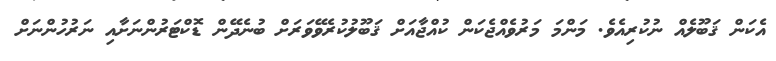
އެކަން ޤަބޫލެއް ނުކުރިއެވެ. މަންމަ މަރުވެއްޖެކަން ކުއްޖާއަށް ޤަބޫލުކުރެވޭވަރަށް ބުނެދޭން ޑޮކްޓަރުންނަށާއި ނަރުހުންނަށް